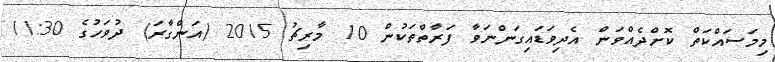
މިމަސައްކަތް ކޮށްދެއްވަން އެދިވަޑައިގަންނަވާ ފަރާތްތަކުން 10 މާރިޗު 2015 (އަންގާރަ) ދުވަހުގެ 11:30